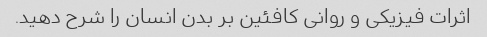
اثرات فیزیکی و روانی کافئین بر بدن انسان را شرح دهید.